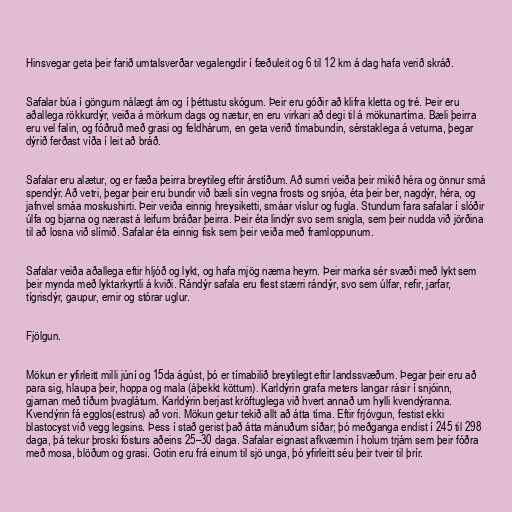
Hinsvegar geta þeir farið umtalsverðar vegalengdir í fæðuleit og 6 til 12 km á dag hafa verið skráð.

Safalar búa í göngum nálægt ám og í þéttustu skógum. Þeir eru góðir að klifra kletta og tré. Þeir eru
aðallega rökkurdýr, veiða á mörkum dags og nætur, en eru virkari að degi til á mökunartíma. Bæli þeirra
eru vel falin, og fóðruð með grasi og feldhárum, en geta verið tímabundin, sérstaklega á veturna, þegar
dýrið ferðast víða í leit að bráð.

Safalar eru alætur, og er fæða þeirra breytileg eftir árstíðum. Að sumri veiða þeir mikið héra og önnur smá
spendýr. Að vetri, þegar þeir eru bundir við bæli sín vegna frosts og snjóa, éta þeir ber, nagdýr, héra, og
jafnvel smáa moskushirti. Þeir veiða einnig hreysiketti, smáar víslur og fugla. Stundum fara safalar í slóðir
úlfa og bjarna og nærast á leifum bráðar þeirra. Þeir éta lindýr svo sem snigla, sem þeir nudda við jörðina
til að losna við slímið. Safalar éta einnig fisk sem þeir veiða með framloppunum.

Safalar veiða aðallega eftir hljóð og lykt, og hafa mjög næma heyrn. Þeir marka sér svæði með lykt sem
þeir mynda með lyktarkyrtli á kviði. Rándýr safala eru flest stærri rándýr, svo sem úlfar, refir, jarfar,
tígrisdýr, gaupur, ernir og stórar uglur.

Fjölgun.

Mökun er yfirleitt milli júní og 15da ágúst, þó er tímabilið breytilegt eftir landssvæðum. Þegar þeir eru að
para sig, hlaupa þeir, hoppa og mala (áþekkt köttum). Karldýrin grafa meters langar rásir í snjóinn,
gjarnan með tíðum þvaglátum. Karldýrin berjast kröftuglega við hvert annað um hylli kvendýranna.
Kvendýrin fá egglos(estrus) að vori. Mökun getur tekið allt að átta tíma. Eftir frjóvgun, festist ekki
blastocyst við vegg legsins. Þess í stað gerist það átta mánuðum síðar; þó meðganga endist í 245 til 298
daga, þá tekur þroski fósturs aðeins 25–30 daga. Safalar eignast afkvæmin í holum trjám sem þeir fóðra
með mosa, blöðum og grasi. Gotin eru frá einum til sjö unga, þó yfirleitt séu þeir tveir til þrír.